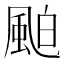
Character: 𩗀